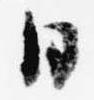
日